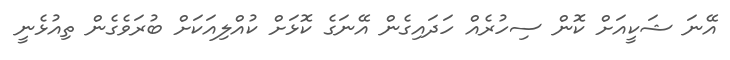
އޭނަ ޝަކީއަށް ކޮން ސިހުރެއް ހަދައިގެން އޭނަގެ ކޮޅަށް ކުއްލިއަކަށް ބުރަވެގެން ތިއުޅެނީ